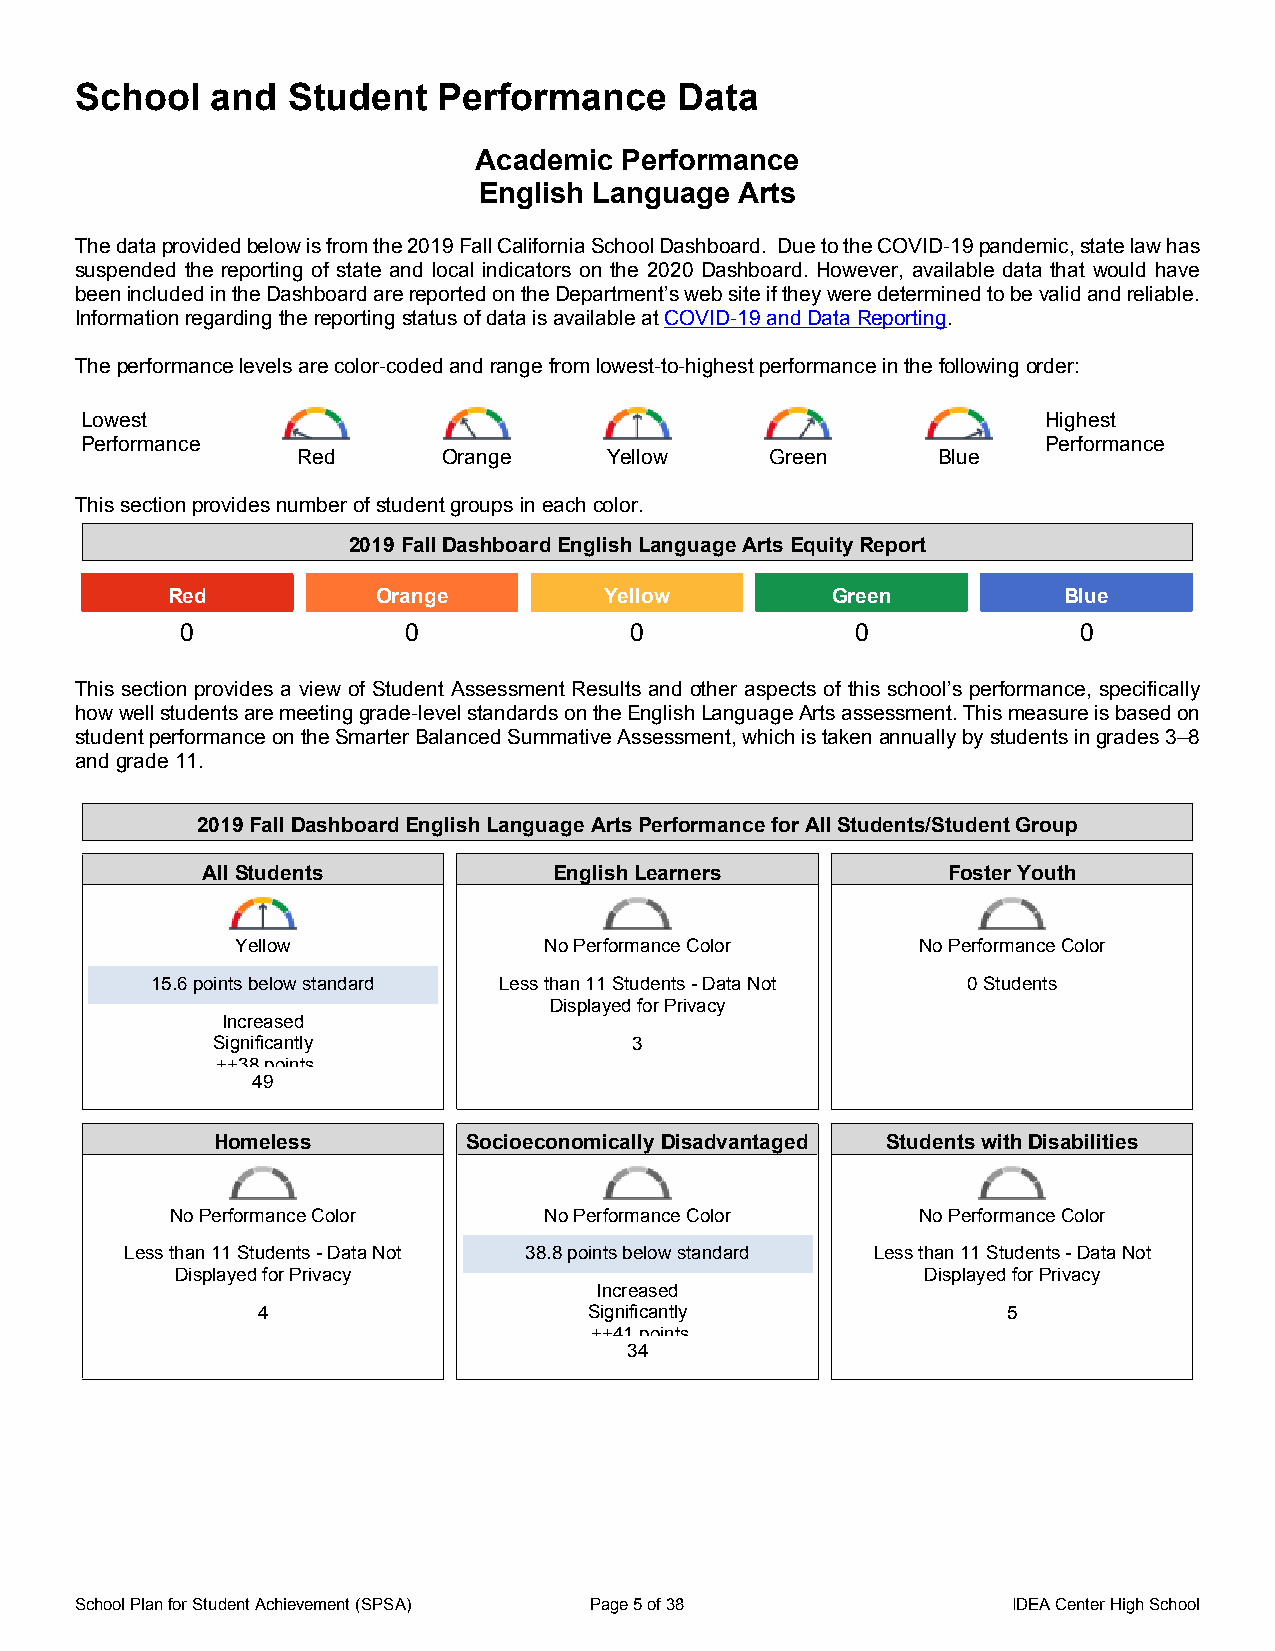
School   and  Student   Performance     Data
 Academic  Performance
 English Language Arts
 The data provided below is from the 2019 Fall California School Dashboard. Due to the COVID-19 pandemic, state law has
 suspended the reporting of state and local indicators on the 2020 Dashboard. However, available data that would have
 been included in the Dashboard are reported on the Department’s web site if they were determined to be valid and reliable.
 Information regarding the reporting status of data is available at COVID-19 and Data Reporting.
 The performance levels are color-coded and range from lowest-to-highest performance in the following order:
 Lowest                                                          Highest
 Performance                                                     Performance
 Red      Orange     Yellow     Green      Blue
 This section provides number of student groups in each color.
 2019 Fall Dashboard English Language Arts Equity Report
 Red           Orange         Yellow         Green          Blue
 0              0              0              0             0
 This section provides a view of Student Assessment Results and other aspects of this school’s performance, specifically
 how well students are meeting grade-level standards on the English Language Arts assessment. This measure is based on
 student performance on the Smarter Balanced Summative Assessment, which is taken annually by students in grades 3–8
 and grade 11.
 2019 Fall Dashboard English Language Arts Performance for All Students/Student Group
 All Students            English Learners          Foster Youth
 Yellow              No Performance Color     No Performance Color
 15.6 points below standard Less than 11 Students - Data Not 0 Students
 Displayed for Privacy
 Increased
 Significantly               3
 ++38 points
 49
 Homeless         Socioeconomically Disadvantaged Students with Disabilities
 No Performance Color     No Performance Color     No Performance Color
 Less than 11 Students - Data Not 38.8 points below standard Less than 11 Students - Data Not
 Displayed for Privacy                            Displayed for Privacy
 Increased
 4                     Significantly               5
 ++41 points
 34
 School Plan for Student Achievement (SPSA) Page 5 of 38       IDEA Center High School